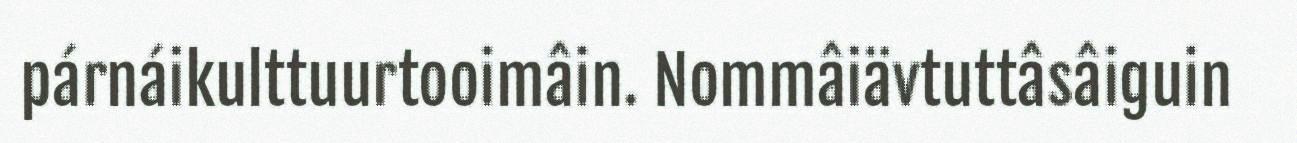
párnáikulttuurtooimâin. Nommâiävtuttâsâiguin